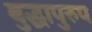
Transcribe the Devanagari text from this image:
बुद्धापुरुप